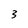
Character: 3